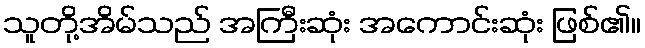
သူတို့အိမ်သည် အကြီးဆုံး အကောင်းဆုံး ဖြစ်၏။